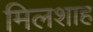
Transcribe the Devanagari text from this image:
मिलशाह